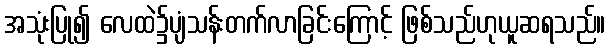
အသုံးပြု၍ လေထဲ၌ပျံသန်းတက်လာခြင်းကြောင့် ဖြစ်သည်ဟုယူဆရသည်။